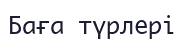
Баға түрлері